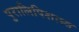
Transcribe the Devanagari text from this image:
पुरालिपिशास्त्र